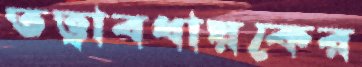
তত্ত্বাবধায়কের